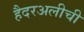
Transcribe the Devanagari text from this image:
हैदरअलीची